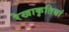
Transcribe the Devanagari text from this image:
रेखाकृतियां